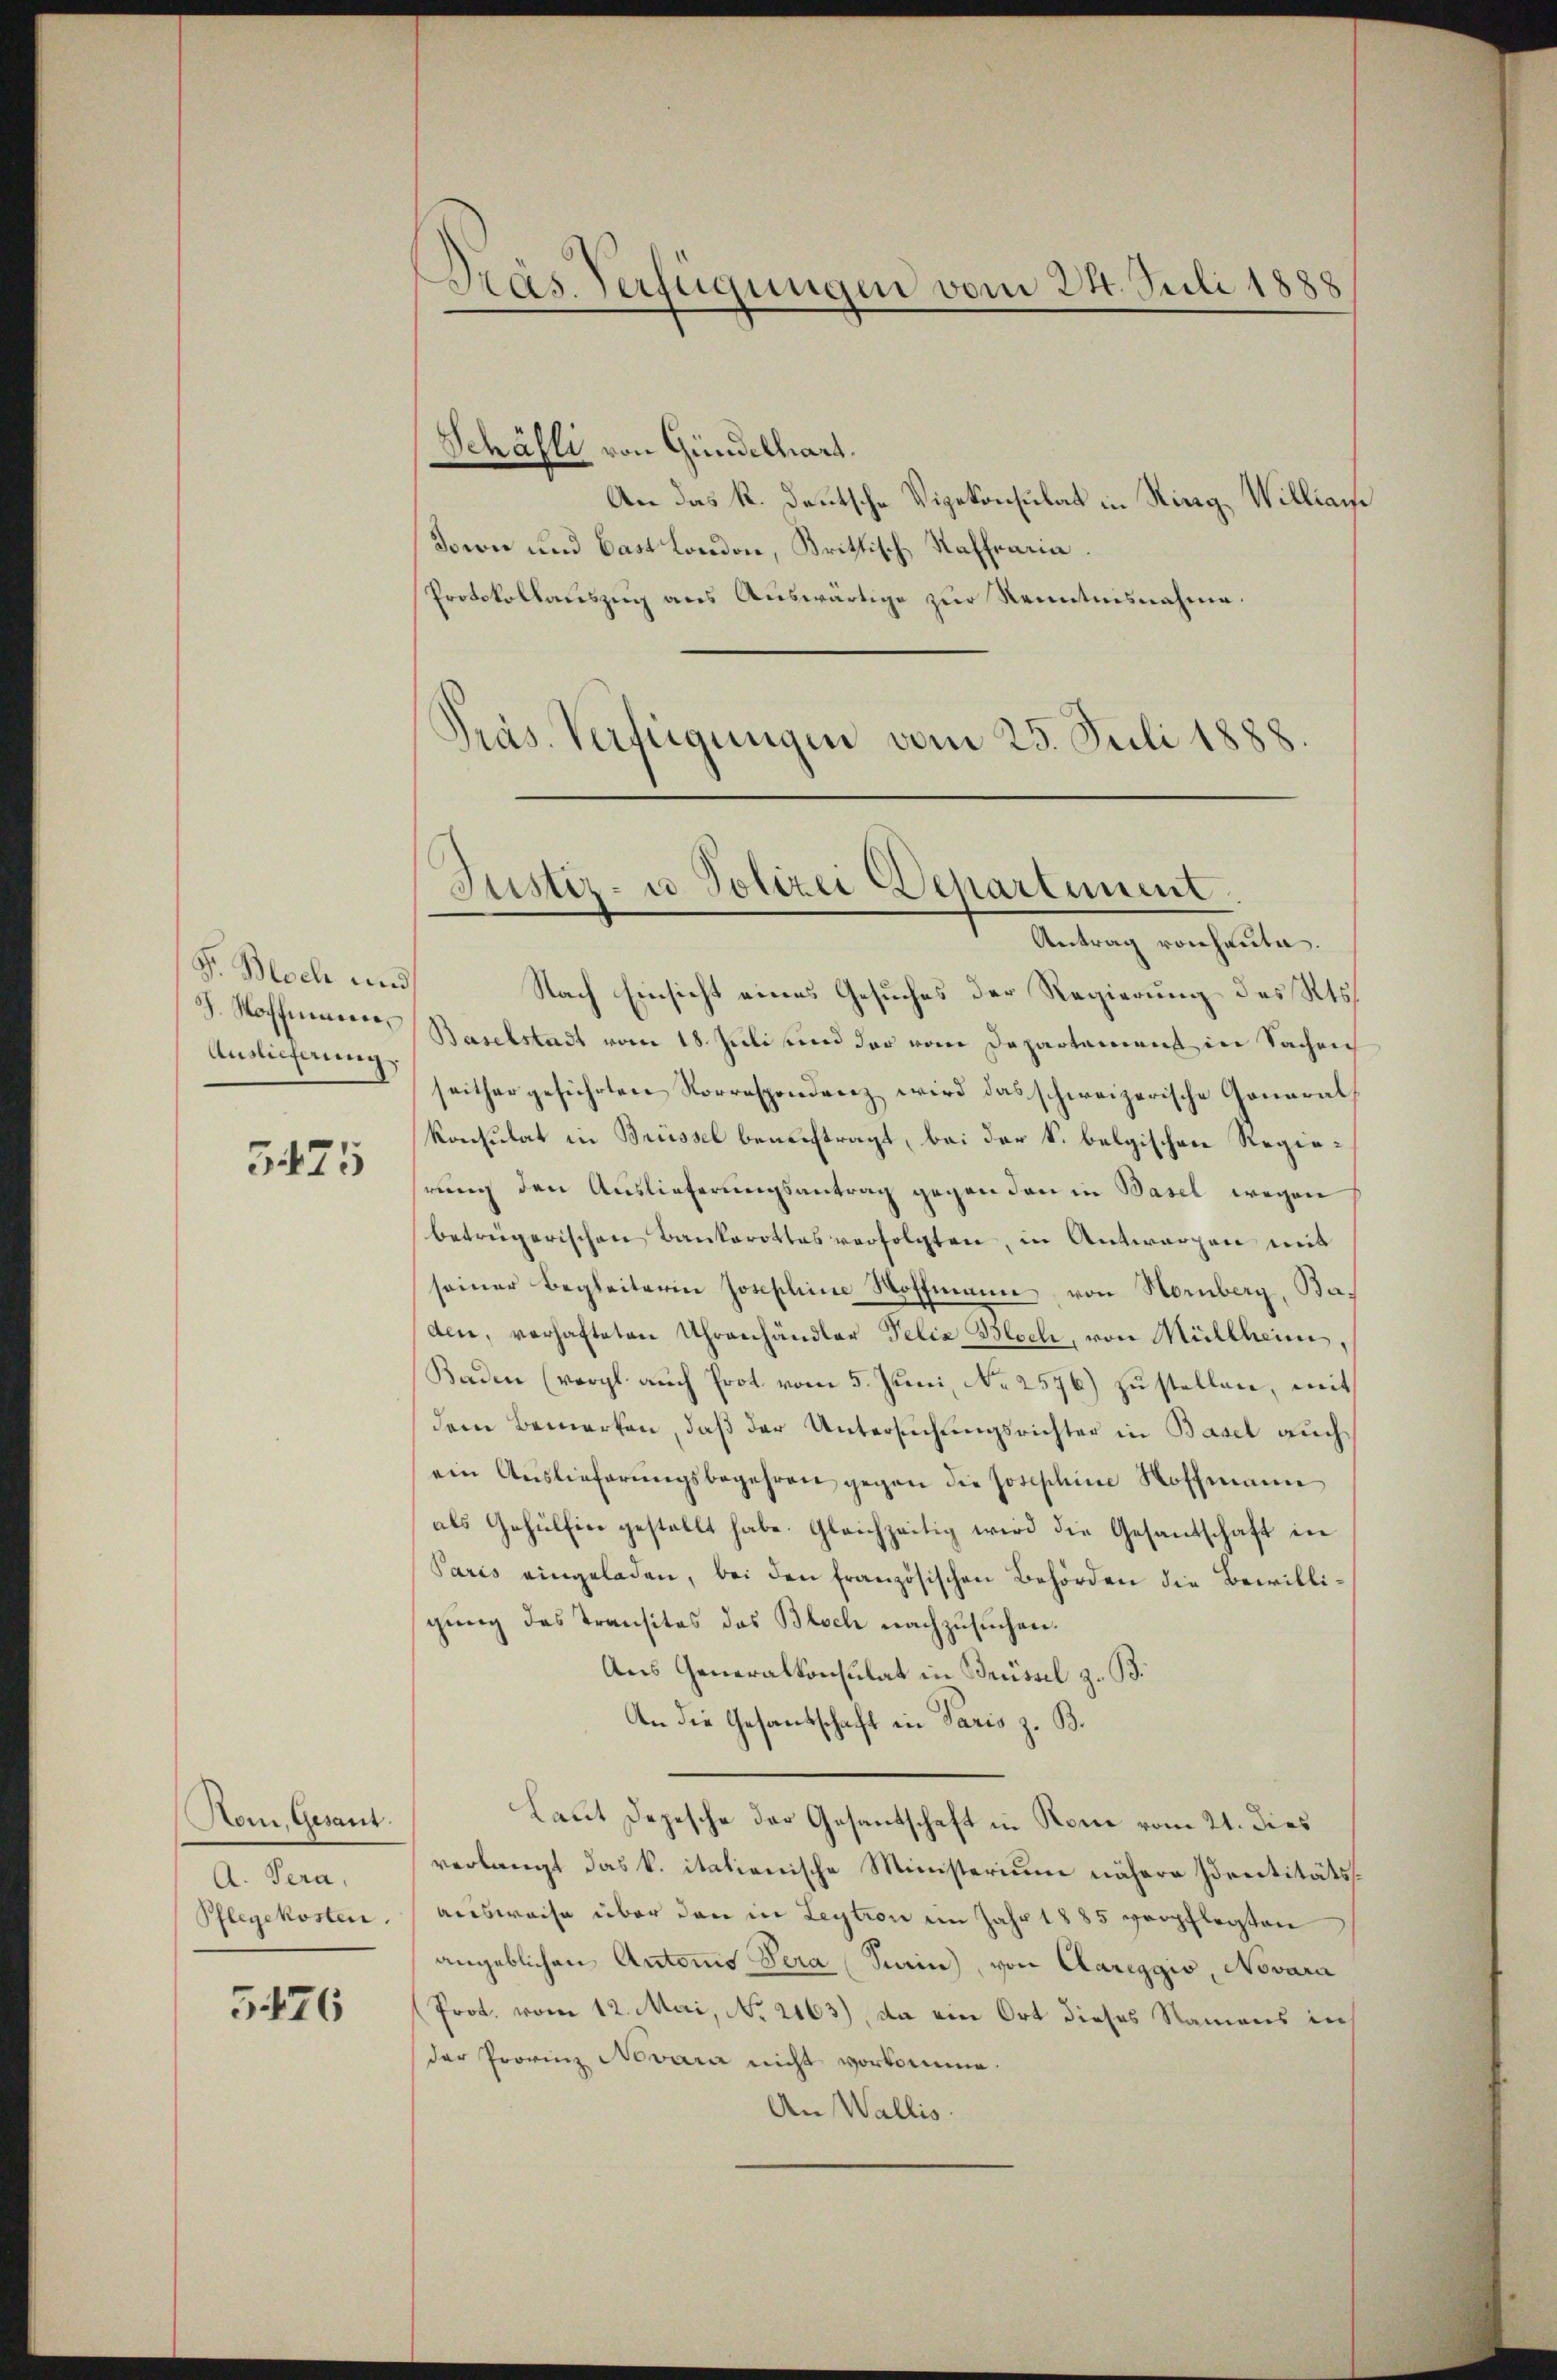
Pr. Moch und
J. Hoffmann,
Auslieferung.

5425

Hom, Gesant.
A. Pera,
Pflegekosten.

3476

Schäfli von Gündelhart.
An das k. deutsche Vigekonsulat in Stieg, William
Sown und Cast London, Brittisch, Raffraria.
Protokollauszug aus Auswärtige zur Kenntnisnahme.
Präs. Vertigungen vom 25. Juli 1888

Dras Verfügungen vom 24. Juli 1888

Justiz- u Polizei Departement
Antrag von heute.

Nach Einsicht eines Gesuches der Regierung des Kts.
Baselstadt vom 18. Juli und der vom Departement in Sachen
seither geführten Korrespondenz wird das schweizerische General
Konsulat in Brüssel beauftragt, bei der S. belgischen Regierung den Auslieferungsantrag gegen den in Basel wegen
betrügerischen Bankerottes verfolgten, in Antworfen mit
seiner Begleiterin Josephine Hoffmann, von Hornberg, Ba-
den, verhafteten Uhrenhändler Felix Besch, von Müllheim,
Baden (vergl. auch Prot. vom 5. Juni, No 2576) zu stellen, mit
dem Bemerken, daß der Untersuchungsrichter in Basel auch
ein Auslieferŭngsbegehren gegen die Josephine Hoffmann
als Gehülfen gestellt habe. Gleichzeitig wird die Gesandschaft in
Paris eingeladen, bei den französischen Behörden die Bewilligung des Transitos das Bloch nachzusuchen.
Aus Generalkonsulat in Brüssel z. B.
An die Gesandschaft in Paris z. B.
Laut Depesche der Gesantschaft in Rom vom 21. dies
verlangt das k. itationische Ministerium nähere Identitätsausweise über den in Leytion im Jahr 1885 verpflegten
angeblichen Antons Sera Sein), von Aareggio, Novara
(Prot. vom 12. Mai, No. 2163), da ein Ort dieses Namens in
der Provinz Nevara nicht vorkomme.
An Wallis.